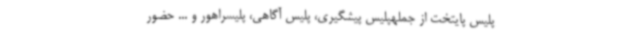
پلیس پایتخت از جملهپلیس پیشگیری، پلیس آگاهی، پلیسراهور و ... حضور